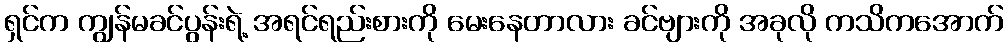
ရှင်က ကျွန်မခင်ပွန်းရဲ့ အရင်ရည်းစားကို မေးနေတာလား ခင်ဗျားကို အခုလို ကသိကအောက်